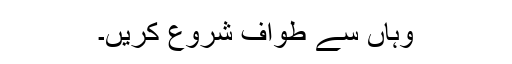
وہاں سے طواف شروع کریں۔